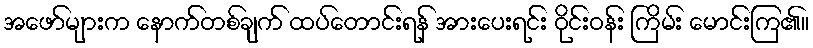
အဖော်များက နောက်တစ်ချက် ထပ်တောင်းရန် အားပေးရင်း ဝိုင်းဝန်း ကြိမ်း မောင်းကြ၏။